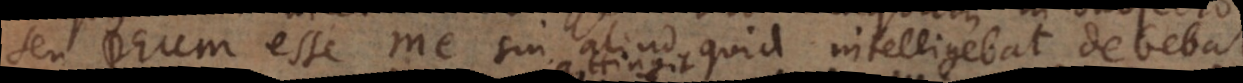
seu Deum esse me, sin aliud quid intelligebat debebat